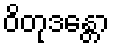
ဝိတုဒန္တော